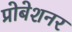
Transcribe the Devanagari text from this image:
प्रोबेशनर